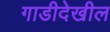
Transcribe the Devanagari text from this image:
गाडीदेखील